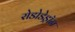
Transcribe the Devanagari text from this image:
रोडोडेड्रॉन